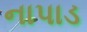
નાપાડ